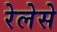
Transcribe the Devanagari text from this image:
रेलेसे